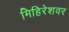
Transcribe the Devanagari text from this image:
मिहिरेशवर